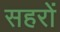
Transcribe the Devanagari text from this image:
सहरों